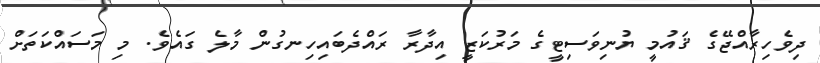
ދިވެހިރާއްޖޭގެ ޤައުމީ ޔުނިވަސިޓީގެ މަރުކަޒީ އިދާރާ ރައްދެބައިހިނގުން މާލެ ގައެވެ. މި މަސައްކަތަށް